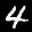
Label: 4